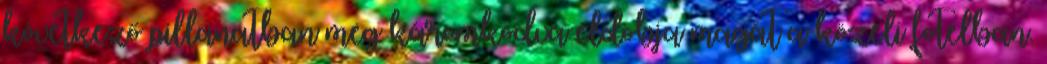
következő pillanatban meg káromkodva eldobja magát a közeli fotelban.